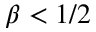
\beta < 1 / 2